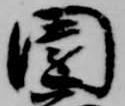
園